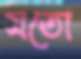
মতো